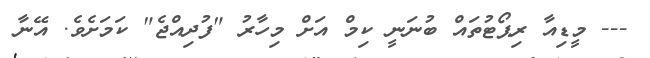
--- މީޑިއާ ރިޕޯޓުތައް ބުނަނީ ކިމް އަށް މިހާރު "ފުދިއްޖެ" ކަމަށެވެ. އޭނާ